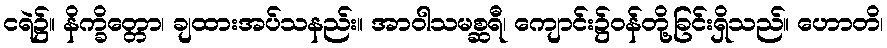
ငရဲ၌။ နိက္ခိတ္တော၊ ချထားအပ်သနည်း။ အာဝါသမစ္ဆရီ၊ ကျောင်း၌ဝန်တို့ခြင်းရှိသည်။ ဟောတိ၊